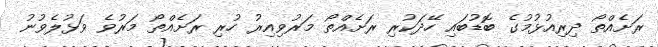
ރަށެއްތޯ ދިރިއުޅުމުގެ ބޮޑުބައި ހޭދަކުރި ރަށެއްތޯ މަރުވިއިރު ހުރި ރަށެއްތޯ މަރުވެ ވަޅުލެވުނު